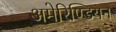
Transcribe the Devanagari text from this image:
अमेरिण्डियन